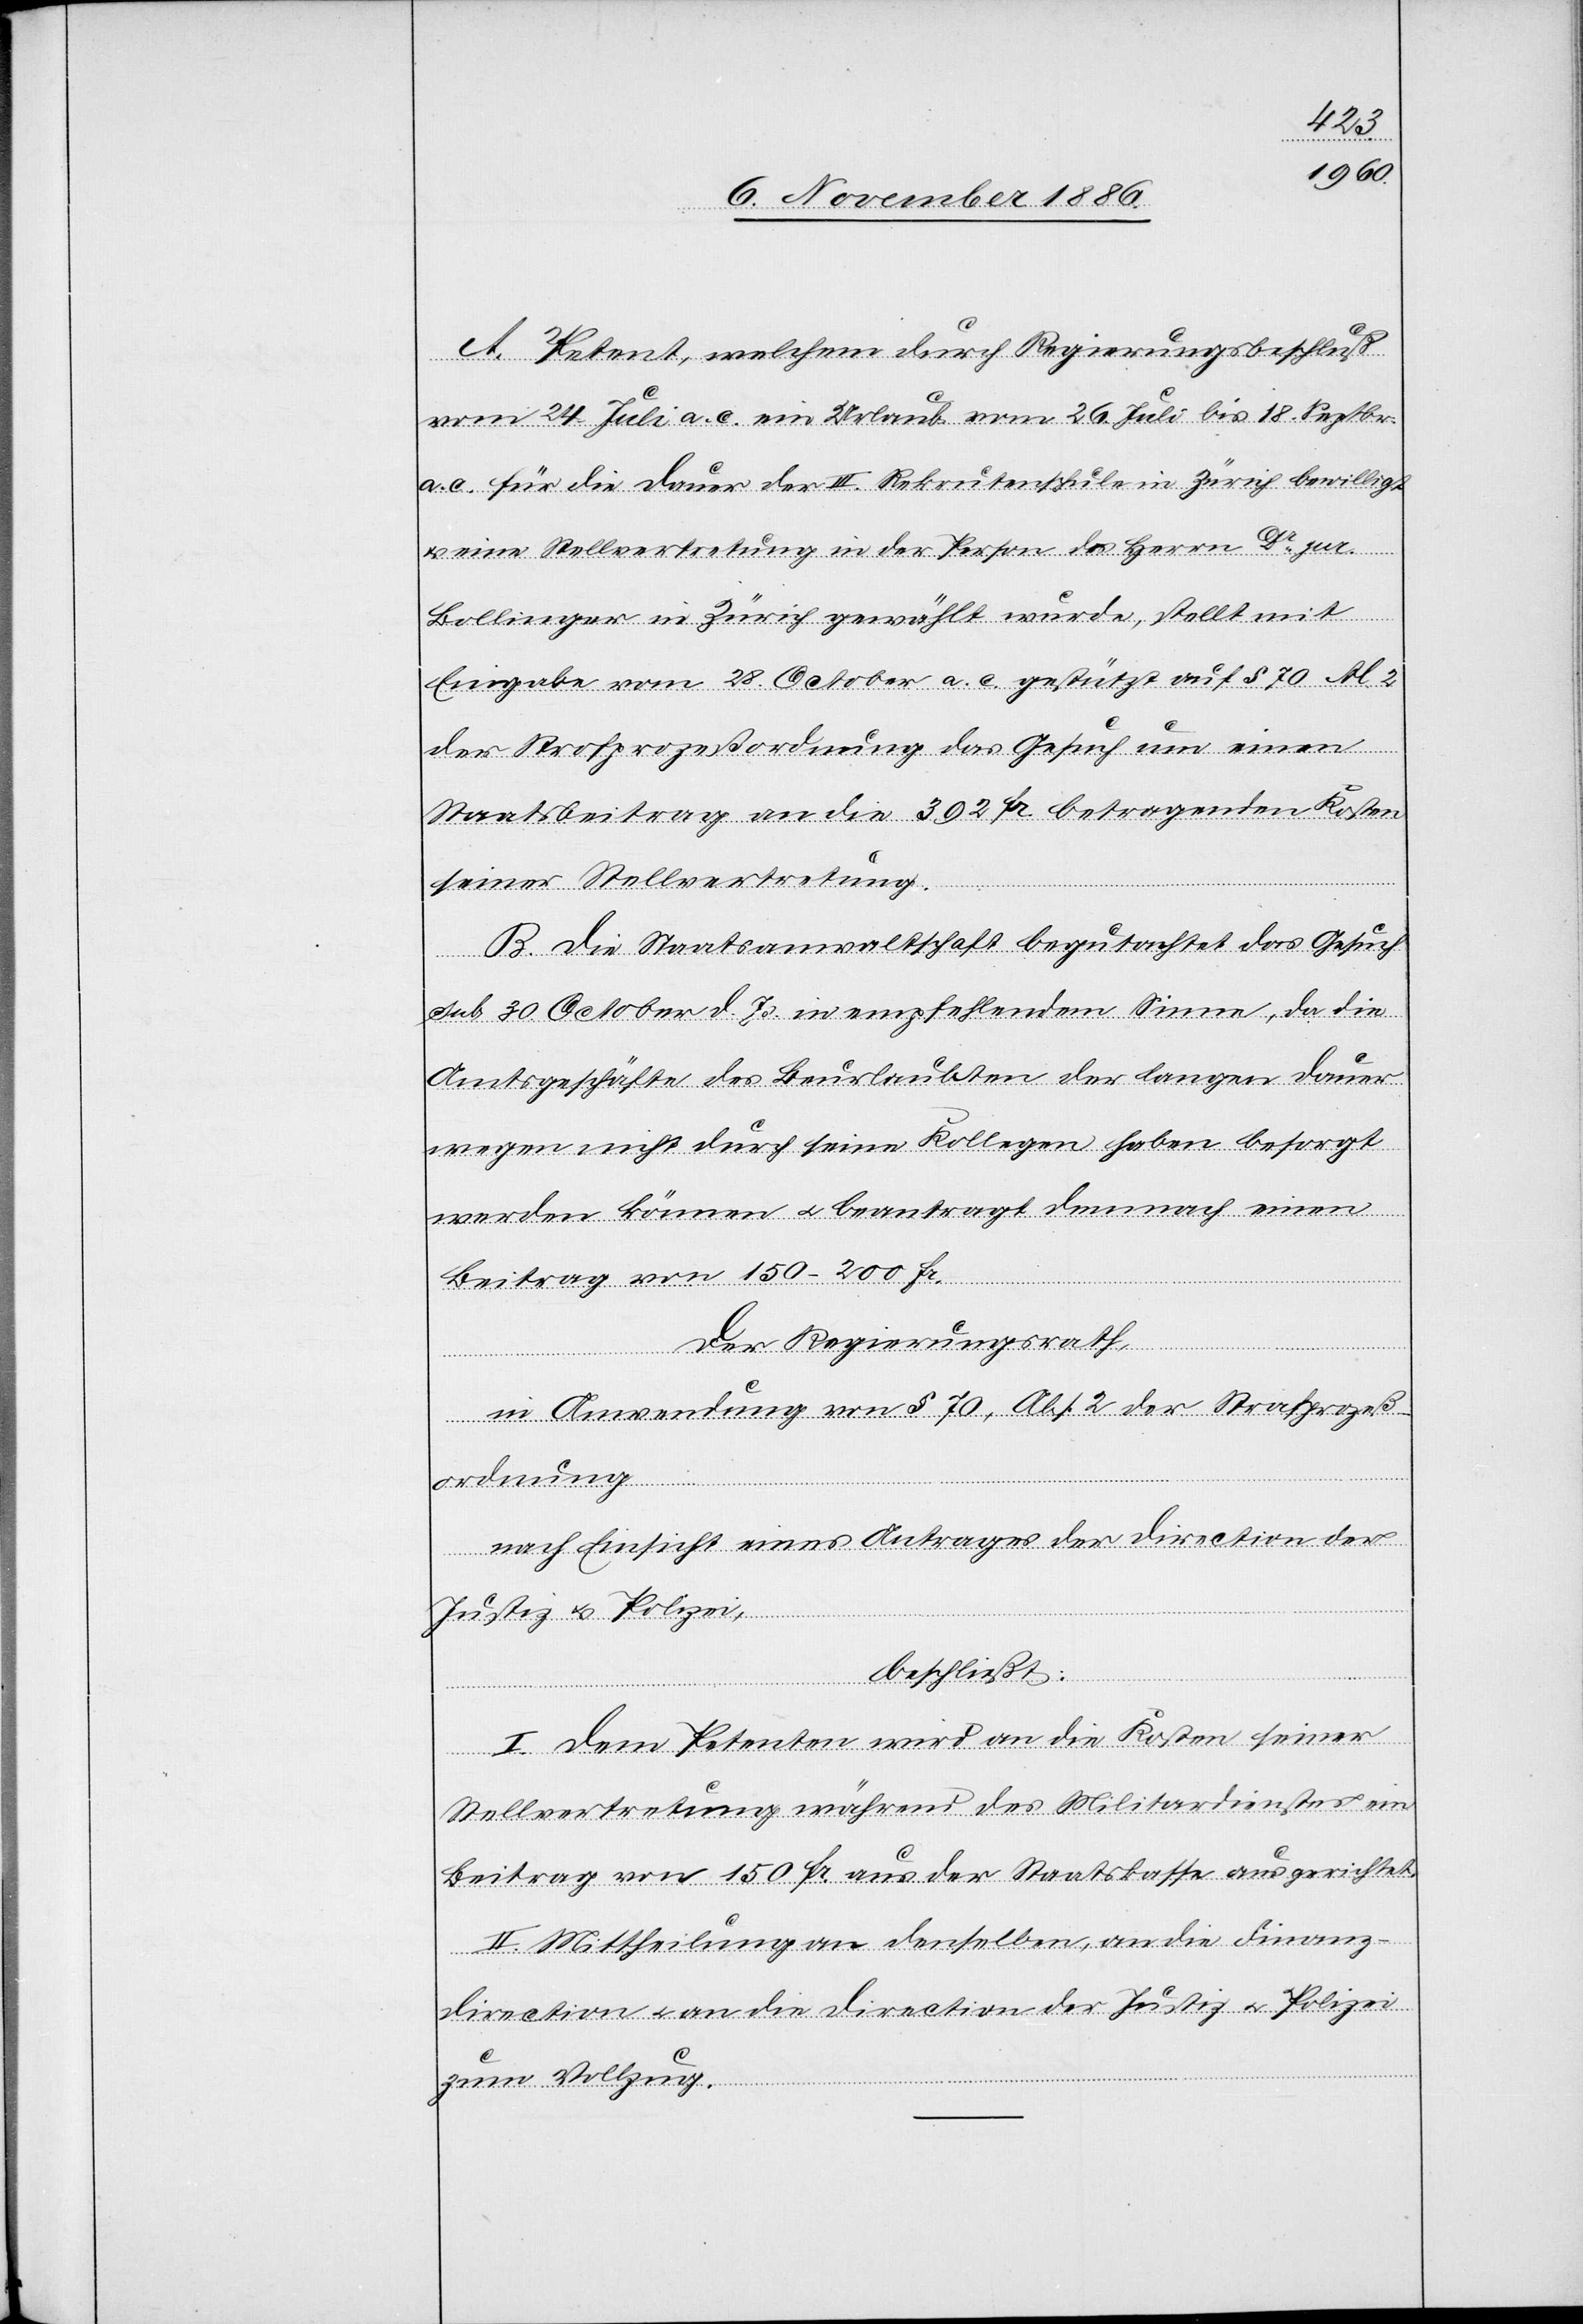
A. Petent, welchem durch Regierungsbeschluß
vom 24. Juli a. c. ein Urlaub vom 26. Juli bis 18. Septbr.
a. c. für die Dauer der III. Rekrutenschule in Zürich bewilligt
& eine Stellvertretung in der Person des Herrn Dr jur.
Bollinger in Zürich gewählt wurde, stellt mit
Eingabe vom 28. October a. c. gestützt auf § 70 Al. 2
der Strafprozeßordnung das Gesuch um einen
Staatsbeitrag an die 392 Fr. betragenden Kosten
seiner Stellvertretung.
B. Die Staatsanwaltschaft begutachtet das Gesuch
sub. 30. October d. Js. in empfehlendem Sinne, da die
Amtsgeschäfte des Beurlaubten der langen Dauer
wegen nicht durch seine Kollegen haben besorgt
werden können & beantragt demnach einen
Beitrag von 150–200 Fr.
Der Regierungsrath,
in Anwendung von § 70, Abs. 2 der Strafprozeß¬
ordnung
nach Einsicht eines Antrages der Direction der
Justiz & Polizei,
beschließt:
I. Dem Petenten wird an die Kosten seiner
Stellvertretung während des Militardienstes
Beitrag von 150 Fr aus der Staatskasse ausgerichtet.
II. Mittheilung an denselben, an die Finanz¬
direction & an die Direction der Justiz & Polizei
ein
zum Vollzug.